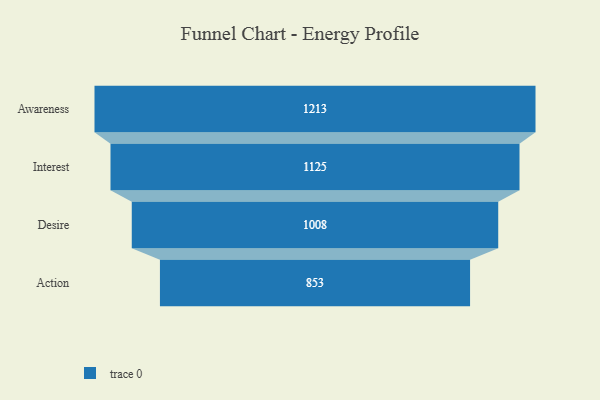
{"axis": {"x": "Stage", "y": "Value"}, "legend": [""], "data": [{"x": "Awareness", "y": 1213.0, "type": ""}, {"x": "Interest", "y": 1125.0, "type": ""}, {"x": "Desire", "y": 1008.0, "type": ""}, {"x": "Action", "y": 853.0, "type": ""}]}